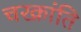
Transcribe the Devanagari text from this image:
चरक्रांति